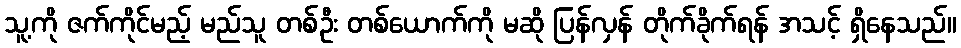
သူ့ကို ဇက်ကိုင်မည့် မည်သူ တစ်ဦး တစ်ယောက်ကို မဆို ပြန်လှန် တိုက်ခိုက်ရန် အသင့် ရှိနေသည်။